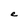
Character: e